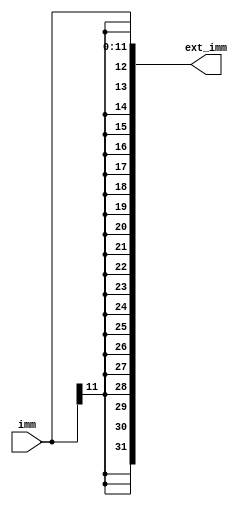
module sign_ext(
  input [11:0]imm,

  output [31:0]ext_imm
);

wire sign = imm[11];
assign ext_imm = {{20{sign}}, imm};

endmodule